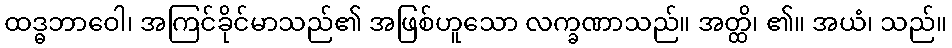
ထဒ္ဓဘာဝေါ၊ အကြင်ခိုင်မာသည်၏ အဖြစ်ဟူသော လက္ခဏာသည်။ အတ္ထိ၊ ၏။ အယံ၊ သည်။